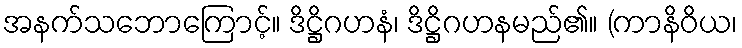
အနက်သဘောကြောင့်။ ဒိဋ္ဌိဂဟနံ၊ ဒိဋ္ဌိဂဟနမည်၏။ (ကာနိဝိယ၊